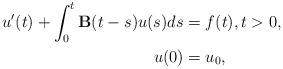
LaTeX: \begin{align*} u'(t) + \int_{0}^{t} \mathbf{B}(t-s)u(s)ds &= f(t), t>0, \\ u(0) & = u_0, \end{align*}